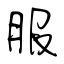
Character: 服